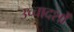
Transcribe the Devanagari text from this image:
उच्चादर्शों